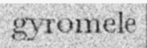
gyromele